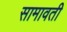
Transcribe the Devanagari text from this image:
सामावती